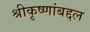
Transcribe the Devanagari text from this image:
श्रीकृष्णांबद्दल